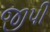
જીપી